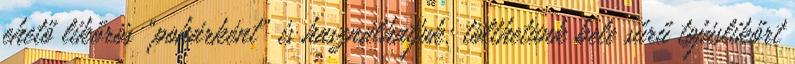
ehető likőrös "pohárként" is használhatjuk: tölthetünk bele sűrű tojáslikőrt